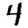
Digit: 4